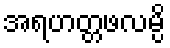
အရဟတ္တဖလမ္ပိ